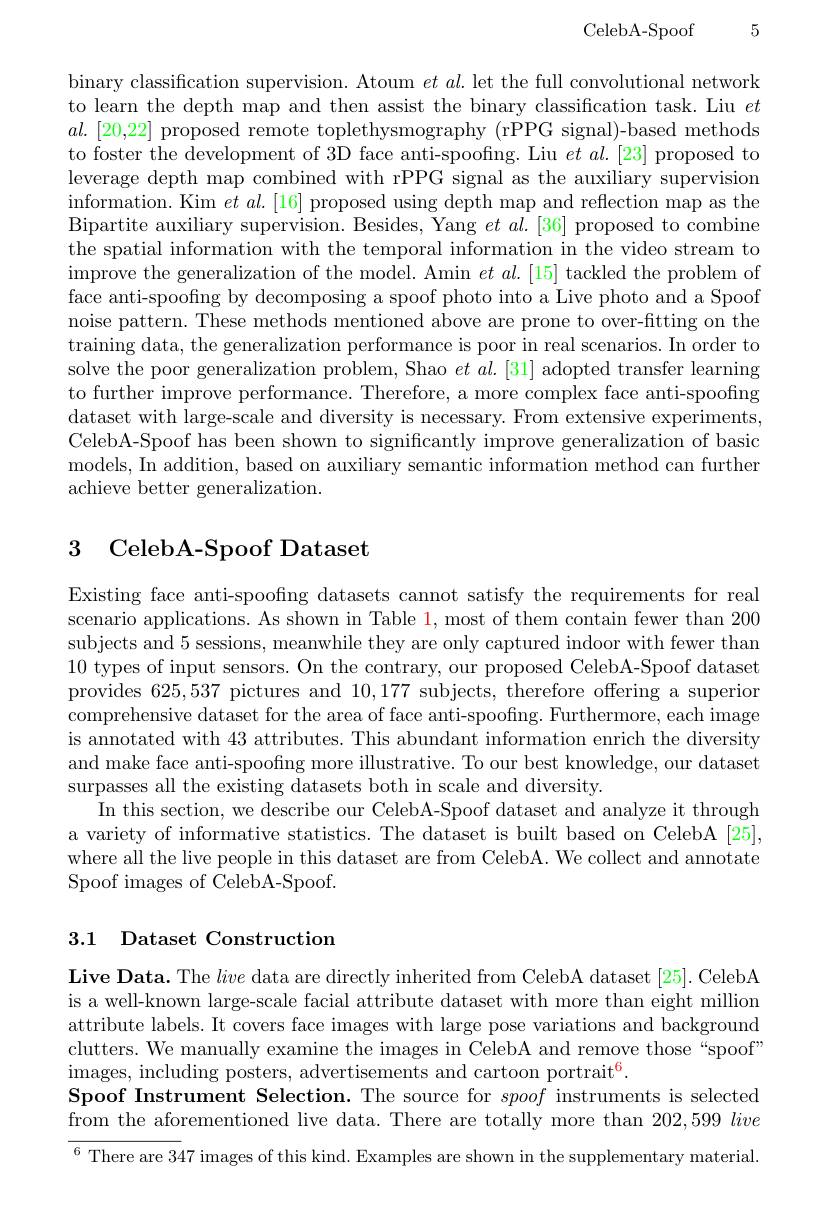
CelebA-Spoof5

binary classification supervision. Atoum $et\textit{al. let the full convolutional network}$ to learn the depth map and then assist the binary classification task. Liu $et$ $al.$ [20,22] proposed remote toplethysmography (rPPG signal)-based methods to foster the development of 3D face anti-spoofing. Liu $et$ $al.[23]$ proposed to leverage depth map combined with rPPG signal as the auxiliary supervision information. Kim $et$ $al.[16]$ proposed using depth map and reflection map as the Bipartite auxiliary supervision. Besides, Yang $et\textit{al. [ 36] proposed to combine}$ the spatial information with the temporal information in the video stream to improve the generalization of the model. Amin $et\textit{al. [ 15] tackled the problem of}$ face anti-spoofing by decomposing a spoof photo into a Live photo and a Spoof noise pattern. These methods mentioned above are prone to over-fitting on the training data, the generalization performance is poor in real scenarios. In order to solve the poor generalization problem, Shao $et\textit{al. [ 31] adopted transfer learning}$ to further improve performance. Therefore, a more complex face anti-spoofng dataset with large-scale and diversity is necessary. From extensive experiments, CelebA-Spoof has been shown to significantly improve generalization of basic models, In addition, based on auxiliary semantic information method can further achieve better generalization.

# 3 CelebA-Spoof Dataset

Existing face anti-spoofing datasets cannot satisfy the requirements for real scenario applications. As shown in Table 1, most of them contain fewer than 200 subjects and 5 sessions, meanwhile they are only captured indoor with fewer than 10 types of input sensors. On the contrary, our proposed CelebA-Spoof dataset provides 625,537 pictures and 10,177 subjects, therefore offering a superior comprehensive dataset for the area of face anti-spoofing. Furthermore, each image is annotated with 43 attributes. This abundant information enrich the diversity and make face anti-spoofng more illustrative. To our best knowledge, our dataset surpasses all the existing datasets both in scale and diversity.
In this section, we describe our CelebA-Spoof dataset and analyze it through a variety of informative statistics. The dataset is built based on CelebA [25], where all the live people in this dataset are from CelebA. We collect and annotate Spoof images of CelebA-Spoof.

## 3.1 Dataset Construction

Live Data. The live data are directly inherited from CelebA dataset [25]. CelebA is a well-known large-scale facial attribute dataset with more than eight million attribute labels. It covers face images with large pose variations and background clutters. We manually examine the images in CelebA and remove those “spoof” images, including posters, advertisements and cartoon portrai$t^6$.
Spoof Instrument Selection. The source for spoof instruments is selected from the aforementioned live data. There are totally more than $202, 599\textit{live}$ ${^{6}\text{There are 347 images of this kind. Examples are shown in the supplementary material.}}$